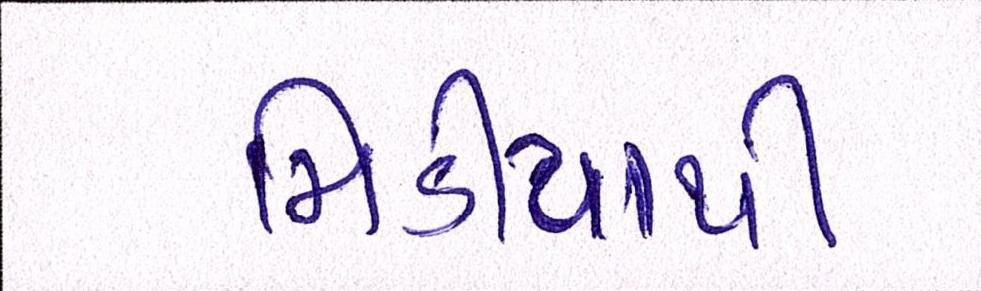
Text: મિડીયાથી